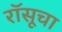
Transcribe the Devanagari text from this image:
रॉसूचा